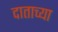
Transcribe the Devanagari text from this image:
दाताच्या